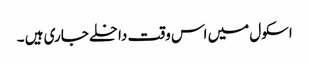
اسکول میں اس وقت داخلے جاری ہیں ۔